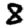
Digit: 8